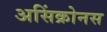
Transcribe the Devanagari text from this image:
असिंक्रोनस